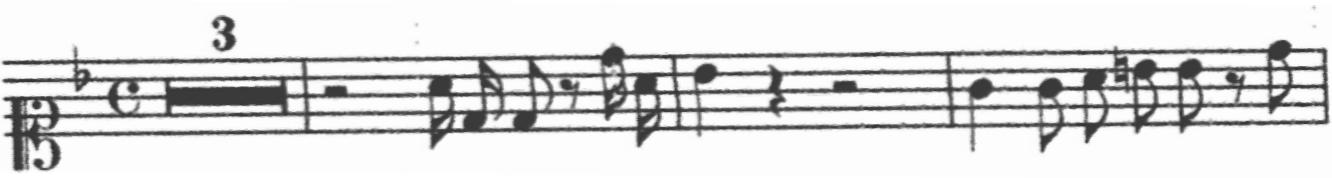
Transcription: clef-C1 keySignature-FM timeSignature-C multirest-3 barline rest-half note-A4_sixteenth note-D4_sixteenth note-D4_eighth rest-eighth note-D5_sixteenth note-A4_sixteenth barline note-Bb4_quarter rest-quarter rest-half barline note-G4_quarter note-G4_eighth note-A4_eighth note-B4_eighth note-Bb4_eighth rest-eighth note-D5_eighth barline